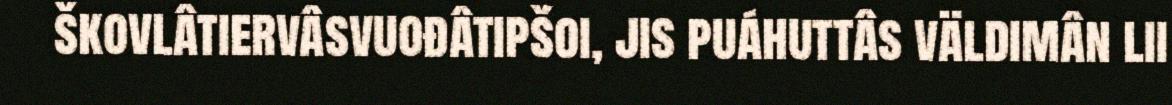
škovlâtiervâsvuođâtipšoi, jis puáhuttâs väldimân lii